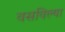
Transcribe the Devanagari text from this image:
वसविल्या